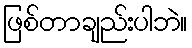
ဖြစ်တာချည်းပါဘဲ။